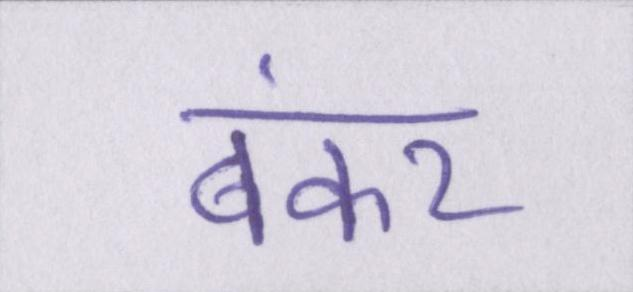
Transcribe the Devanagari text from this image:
बंकर